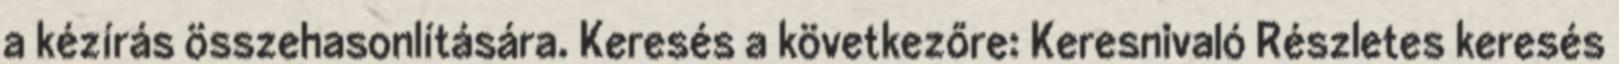
a kézírás összehasonlítására. Keresés a következőre: Keresnivaló Részletes keresés